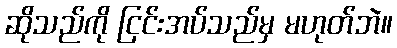
ဆိုသည်ကို ငြင်းအပ်သည်မှ မဟုတ်ဘဲ။